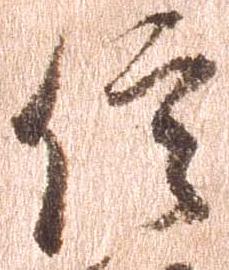
信